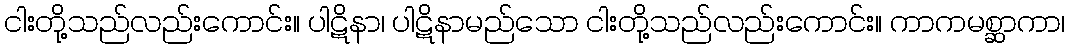
ငါးတို့သည်လည်းကောင်း။ ပါဋိနာ၊ ပါဋိနာမည်သော ငါးတို့သည်လည်းကောင်း။ ကာကမစ္ဆာကာ၊